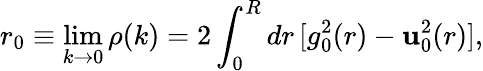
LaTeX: r_{0}\equiv\operatorname*{lim}_{k\to0}\rho(k)=2\int_{0}^{R}dr\, [g_{0}^{2}(r)-\mathbf{u}_{0}^{2}(r)],